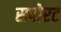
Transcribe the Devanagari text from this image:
सपोरट